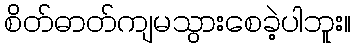
စိတ်ဓာတ်ကျမသွားစေခဲ့ပါဘူး။